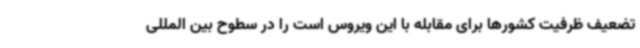
تضعیف ظرفیت کشورها برای مقابله با این ویروس است را در سطوح بین المللی